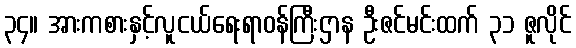
၃၄။ အားကစားနှင့်လူငယ်ရေးရာဝန်ကြီးဌာန ဦးဇင်မင်းထက် ၃၁ ဇူလိုင်